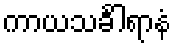
ကာယသင်္ခါရာနံ